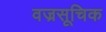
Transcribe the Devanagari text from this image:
वज्रसूचिक